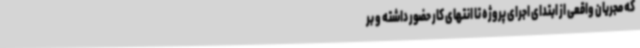
که مجریان واقعی از ابتدای اجرای پروژه تا انتهای کار حضور داشته و بر